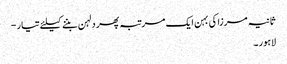
ثانیہ مرزا کی بہن ایک مرتبہ پھر دلہن بننے کیلئے تیار -
لاہور ۔